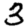
Digit: 3